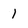
Character: 1